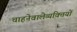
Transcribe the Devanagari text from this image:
चाहनेवालेव्यक्तियों